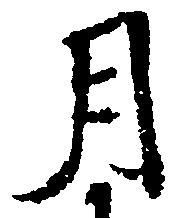
月